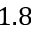
1 . 8